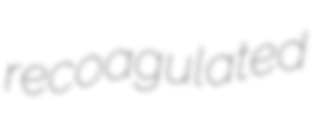
recoagulated